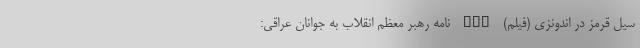
سیل قرمز در اندونزی (فیلم) nan نامه رهبر معظم انقلاب به جوانان عراقی: